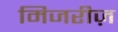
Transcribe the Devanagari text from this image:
मिजरीज़